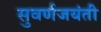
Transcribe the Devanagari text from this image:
सुवर्णजयंती